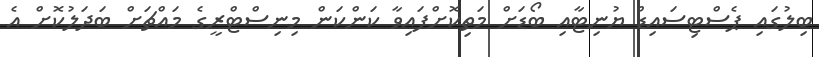
ބިލުގައި ޕެސްޓިސައިޑް ޔުނިޓާއި ބޯޑަށް މަތިކޮށްފައިވާ ކަންކަން މިނިސްޓްރީގެ މައްޗަށް ބަދަލުކޮށް އެ